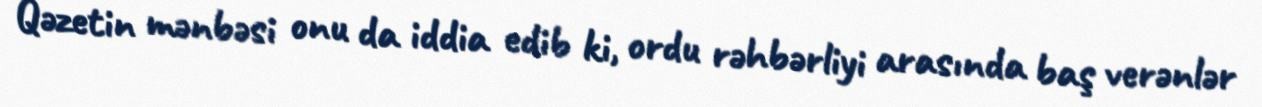
Qəzetin mənbəsi onu da iddia edib ki, ordu rəhbərliyi arasında baş verənlər